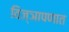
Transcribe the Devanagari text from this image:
विज्ञापणात